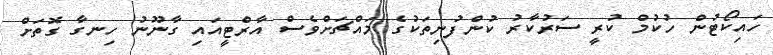
ހައިކޯޓުން ހުކުމް ކުރީ ސަރުކާރު ކުންފުނިތަކުގެ މައްޗަށްވެސް އާރްޓީއައި ގާނޫނު ހިނގާ ގޮތަށް